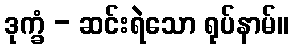
ဒုက္ခံ - ဆင်းရဲသော ရုပ်နာမ်။